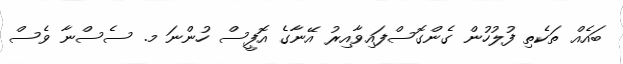
ބައެއް ތަކެތި ފުލުހުން ގެންގޮސްފައިވާއިރު އޭނާގެ އޮފީސް ހުންނަ މ. ސެސްނާ ވެސް